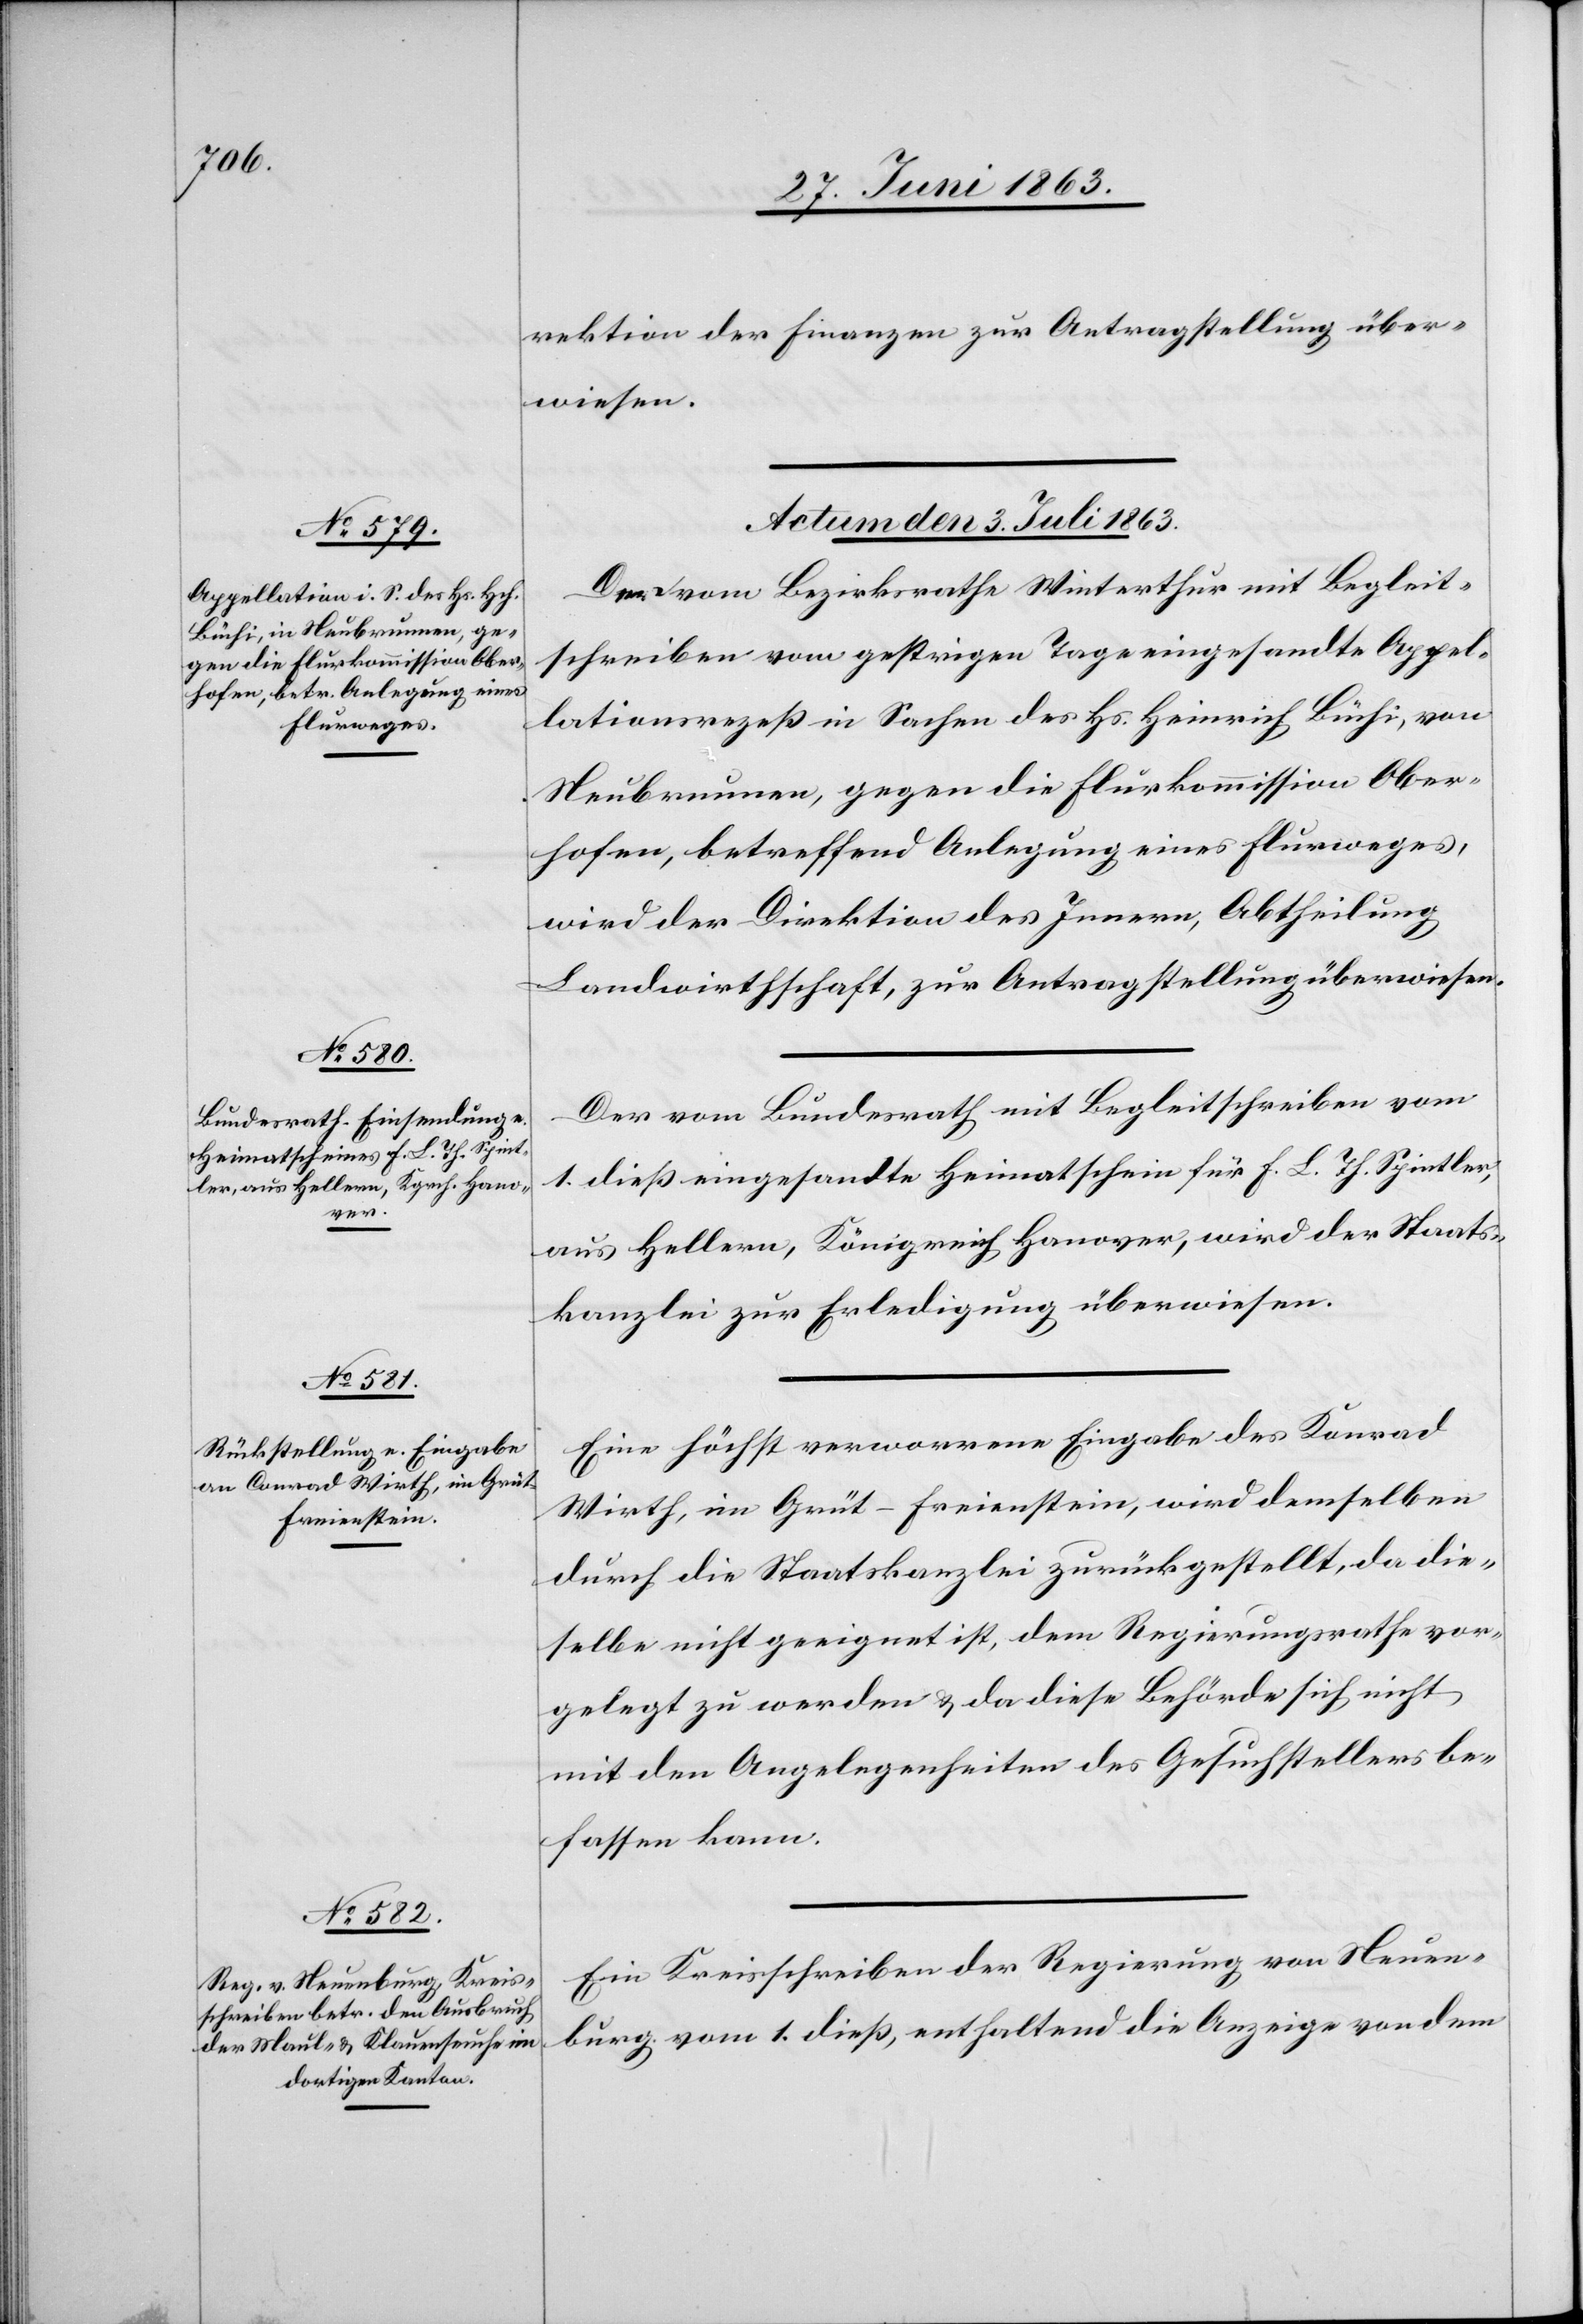
rektion der Finanzen zur Antragstellung über¬
wiesen.
Actum den 3. Juli 1863.]
Der vom Bezirksrathe Winterthur mit Begleit¬
schreiben vom gestrigen Tage eingesandte Appel¬
lationsrezeß in Sachen des Hs. Heinrich Büchi, von
Neubrunnen, gegen die Flurkommission Ober¬
hofen, betreffend Anlegung eines Flurweges,
wird der Direktion des Innern, Abtheilung
Landwirthschaft, zur Antragstellung überwiesen.
Der vom Bundesrath mit Begleitschreiben vom
1. dieß eingesandte Heimatschein für F. L. Th. Spintler,
aus Hellern, Königreich Hanover, wird der Staats¬
kanzlei zur Erledigung überwiesen.
Eine höchst verworrene Eingabe des Konrad
Wirth, im Grüt – Freienstein, wird demselben
durch die Staatskanzlei zurückgestellt, da die¬
selbe nicht geeignet ist, dem Regierungsrathe vor¬
gelegt zu werden & da diese Behörde sich nicht
mit den Angelegenheiten des Gesuchstellers be¬
fassen kann.
Ein Kreisschreiben der Regierung von Neuen¬
burg vom 1. dieß, enthaltend die Anzeige von dem